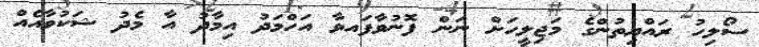
ސޯލިހު ރައްޔިތުންގެ މަޖިލީހަށް ނަން ފޮނުވާފައވާ އަހްމަދު އިމާދު އާ މެދު ޝަކުވާއެއް